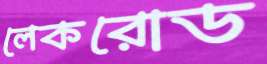
লেকরোড